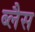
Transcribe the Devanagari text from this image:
ब्लैस